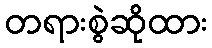
တရားစွဲဆိုထား